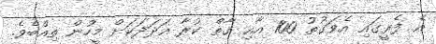
އެ ފެރީގައި އެވަގުތު 100 އާއި ގާތް ކުރާ އަދަދަކަށް މީހުން ތިއްބެވެ.